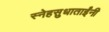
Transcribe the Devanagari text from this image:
स्नेहसुधाताईंनी